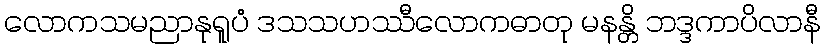
လောကသမညာနုရူပံ ဒသသဟဿီလောကဓာတု မနန္တိ ဘဒ္ဒကာပိလာနီ